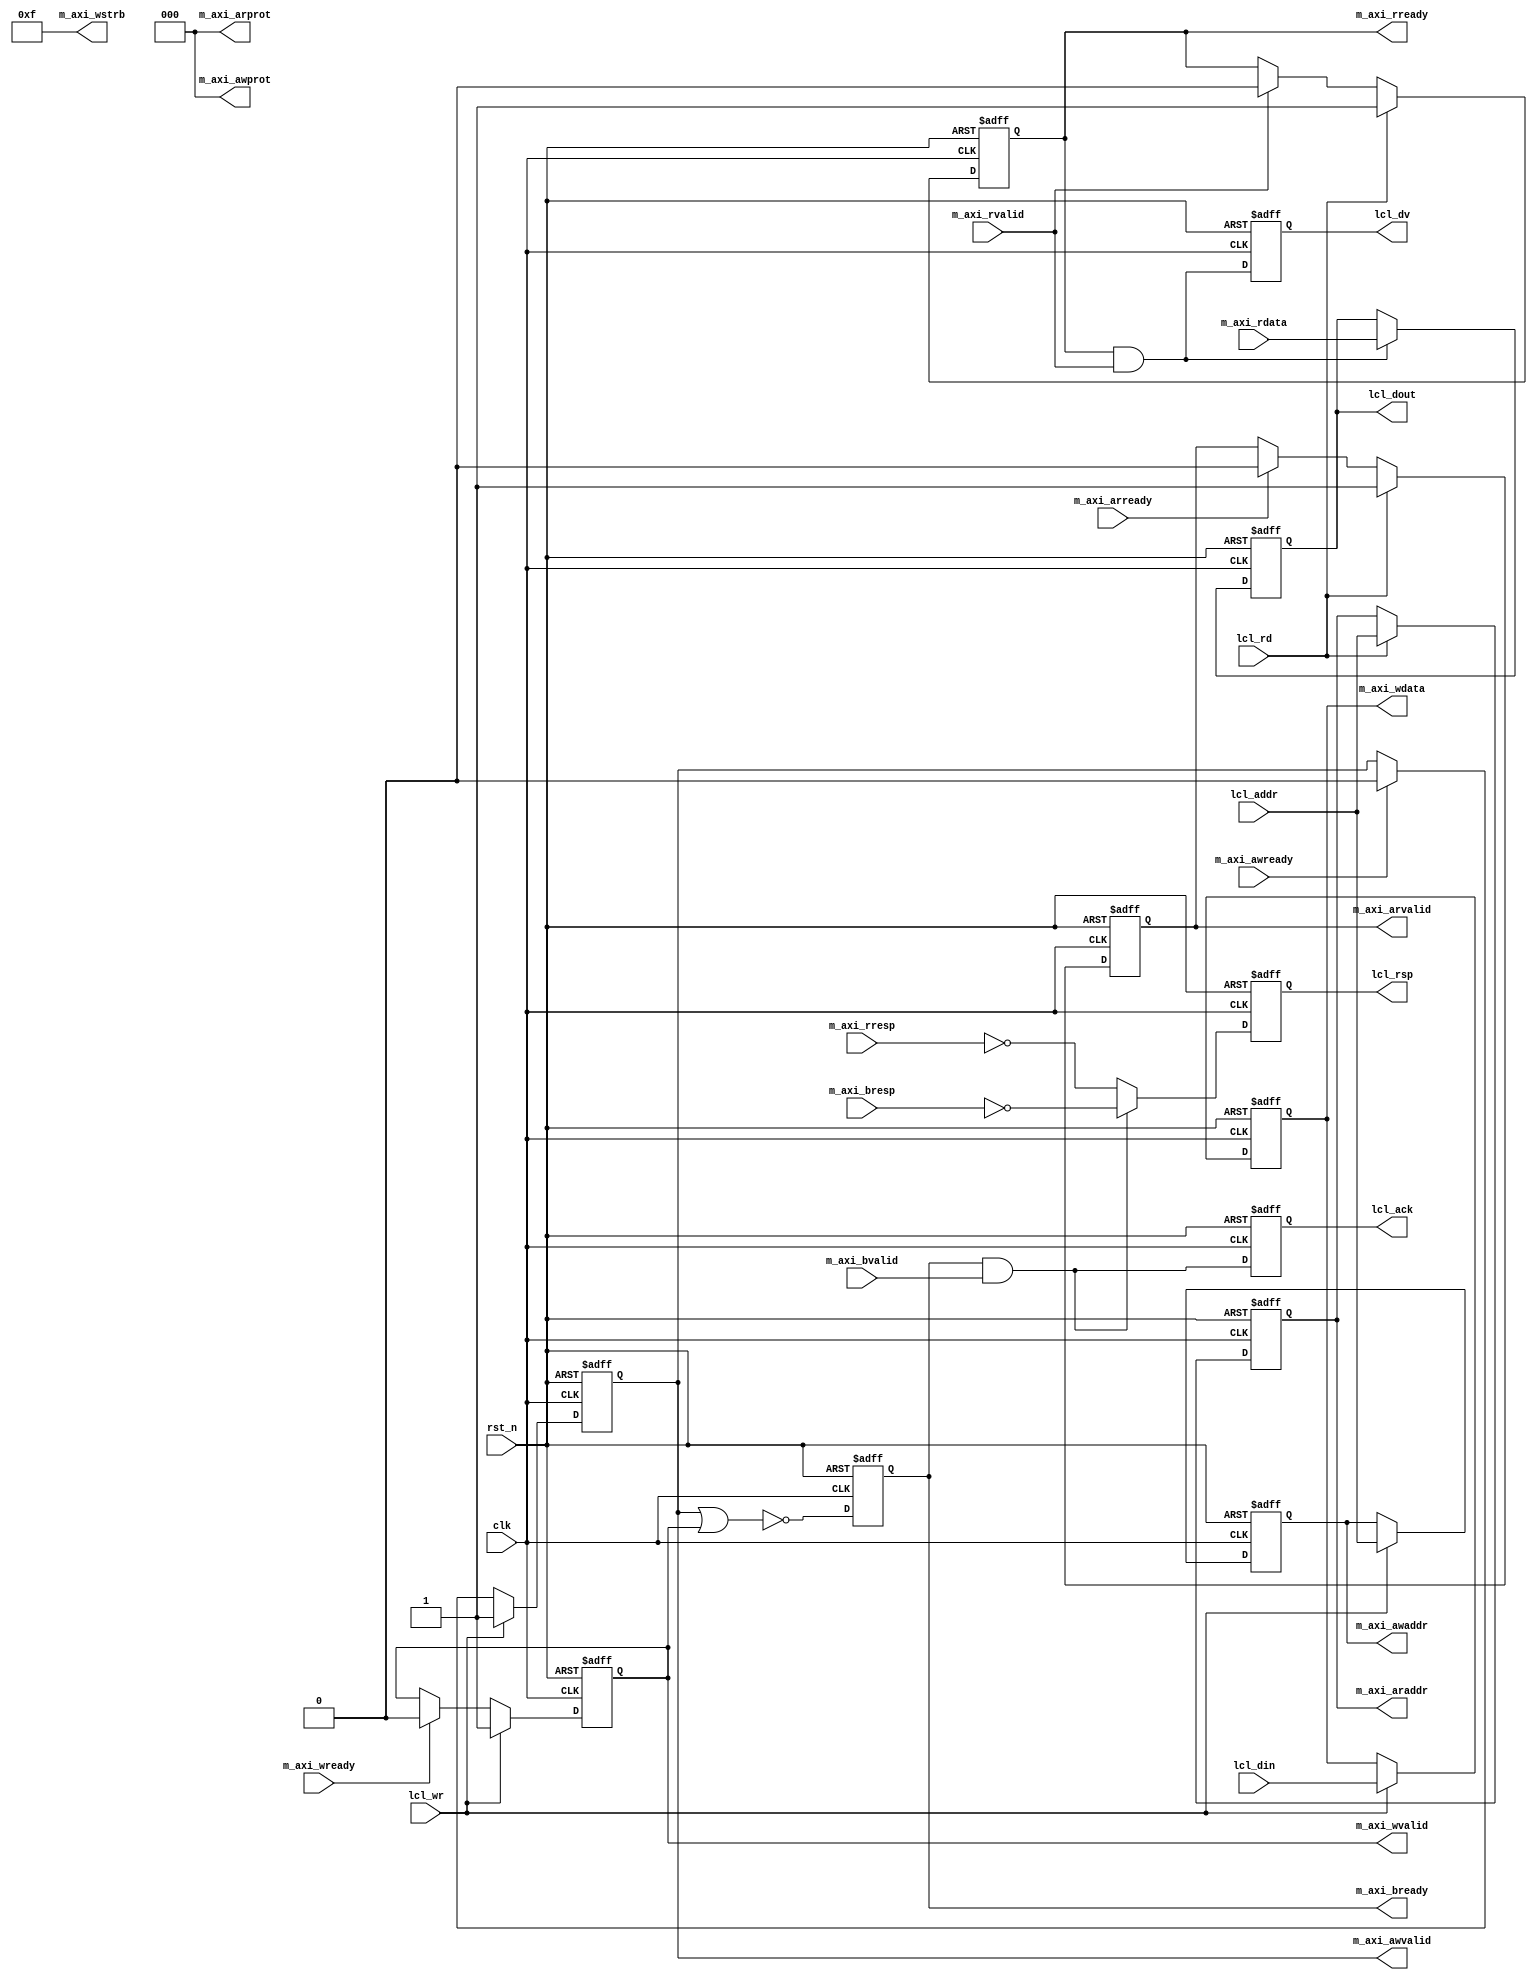
module axi_lite_master (
                        input             clk                   ,
                        input             rst_n                 ,

                        //---- master side AXI Lite bus ----
                          // AXI write address channel
                        input             m_axi_awready         ,   
                        output reg [31:0] m_axi_awaddr          ,
                        output     [02:0] m_axi_awprot          , // not supported
                        output reg        m_axi_awvalid         ,
                          // axi write data channel             
                        input             m_axi_wready          ,
                        output reg [31:0] m_axi_wdata           ,
                        output     [03:0] m_axi_wstrb           , // not supported
                        output reg        m_axi_wvalid          ,
                          // AXI response channel
                        input      [01:0] m_axi_bresp           ,
                        input             m_axi_bvalid          ,
                        output reg        m_axi_bready          ,
                          // AXI read address channel
                        input             m_axi_arready         ,
                        output reg        m_axi_arvalid         ,
                        output reg [31:0] m_axi_araddr          ,
                        output     [02:0] m_axi_arprot          , // not supported
                          // AXI read data channel
                        input      [31:0] m_axi_rdata           ,
                        input      [01:0] m_axi_rresp           ,
                        output reg        m_axi_rready          ,
                        input             m_axi_rvalid          ,

                        //---- local bus ----
                        input             lcl_wr                , // write enable
                        input             lcl_rd                , // read enable
                        input      [31:0] lcl_addr              , // write/read address
                        input      [31:0] lcl_din               , // write data
                        output reg        lcl_ack               , // write data acknowledgement
                        output reg        lcl_rsp               , // write/read response: 0: good; 1: bad
                        output reg [31:0] lcl_dout              , // read data
                        output reg        lcl_dv                  // read data valid
                        );



 assign m_axi_awprot = 3'b000;
 assign m_axi_wstrb = 4'b1111;
 assign m_axi_arprot = 3'b000;


//=========================================================
// WRITE CHANNEL
// --------------
//
//   lcl_wr        __/-\______/-\___________
//   lcl_din/addr  --<=>------<=>-----------
//   lcl_ack       _______/-\__________/-\__
//=========================================================

 always@(posedge clk or negedge rst_n)
   if(~rst_n) 
     m_axi_awvalid <= 1'b0;
   else if(lcl_wr)
     m_axi_awvalid <= 1'b1;
   else if(m_axi_awready)
     m_axi_awvalid <= 1'b0;

 always@(posedge clk or negedge rst_n)
   if(~rst_n) 
     m_axi_wvalid <= 1'b0;
   else if(lcl_wr)
     m_axi_wvalid <= 1'b1;
   else if(m_axi_wready)
     m_axi_wvalid <= 1'b0;

 always@(posedge clk or negedge rst_n)
   if(~rst_n) 
     begin
       m_axi_wdata  <= 32'd0;
       m_axi_awaddr <= 32'd0;
     end
   else if(lcl_wr)
     begin
       m_axi_wdata  <= lcl_din;
       m_axi_awaddr <= lcl_addr;
     end

 always@(posedge clk or negedge rst_n)
   if(~rst_n) 
     m_axi_bready <= 1'b0;
   else 
     m_axi_bready <= ~(m_axi_awvalid || m_axi_wvalid);

 always@(posedge clk or negedge rst_n)
   if(~rst_n) 
     lcl_ack <= 1'b0;
   else 
     lcl_ack <= (m_axi_bready && m_axi_bvalid);
    

//=========================================================
// READ CHANNEL
// --------------
//
//   lcl_rd        __/-\______/-\___________
//   lcl_addr      --<=>------<=>-----------
//   lcl_dv        _______/-\__________/-\__
//   lcl_addr      -------<=>----------<=>--
//=========================================================

 always@(posedge clk or negedge rst_n)
   if(~rst_n) 
     m_axi_arvalid <= 1'b0;
   else if(lcl_rd)
     m_axi_arvalid <= 1'b1;
   else if(m_axi_arready)
     m_axi_arvalid <= 1'b0;

 always@(posedge clk or negedge rst_n)
   if(~rst_n) 
     m_axi_rready <= 1'b0;
   else if(lcl_rd)
     m_axi_rready <= 1'b1;
   else if(m_axi_rvalid)
     m_axi_rready <= 1'b0;

 always@(posedge clk or negedge rst_n)
   if(~rst_n) 
     begin
       m_axi_araddr <= 32'd0;
     end
   else if(lcl_rd)
     begin
       m_axi_araddr <= lcl_addr;
     end

 always@(posedge clk or negedge rst_n)
   if(~rst_n) 
     lcl_dout <= 32'b0;
   else if(m_axi_rready && m_axi_rvalid)
     lcl_dout <= m_axi_rdata;

 always@(posedge clk or negedge rst_n)
   if(~rst_n) 
     lcl_dv <= 1'b0;
   else 
     lcl_dv <= (m_axi_rready && m_axi_rvalid);
    

//=========================================================
// common response for write and read channels
//=========================================================

 always@(posedge clk or negedge rst_n)
   if(~rst_n) 
     lcl_rsp <= 1'b0;
   else if(m_axi_bready && m_axi_bvalid)
     lcl_rsp <= (m_axi_bresp == 2'b00);
   else
     lcl_rsp <= (m_axi_rresp == 2'b00);



endmodule